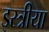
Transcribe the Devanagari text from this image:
इस्त्रीया